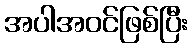
အပါအဝင်ဖြစ်ပြီး